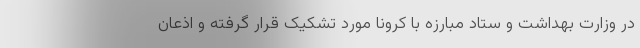
در وزارت بهداشت و ستاد مبارزه با کرونا مورد تشکیک قرار گرفته و اذعان